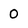
Character: 0